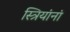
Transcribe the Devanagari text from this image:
स्त्रियांनां